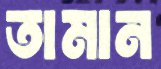
তামান